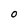
Character: O